Civil Veterinary Department Bengal reports 1923-33 - 1923-1933
Year: 1923
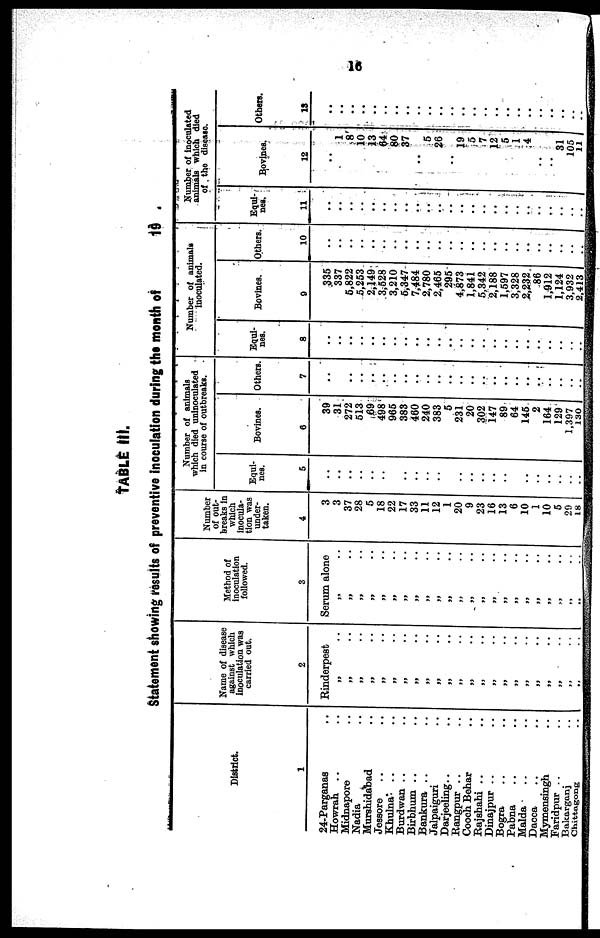
16
TABLE III.
Statement showing results of preventive inoculation during the month of
19
District.
1
24-Parganas ..
Howrah .. ..
Midnapore ..
Nadia ..
Murshidabad ..
Jessore .. ..
Khulna .. ..
Burdwan .. ..
Birbhum .. ..
Bankura .. ..
Jalpaiguri ..
Darjeeling .. ..
Rangpur .. ..
Cooch Behar ..
Rajshahi .. ..
Dinajpur .. ..
Bogra .. ..
Pabna .. ..
Malda .. ..
Dacca .. ..
Mymensingh ..
Faridpur .. ..
Bakarganj ..
Chittagong ..
Name of disease
against which
inoculation was
carried out.
2
Rinderpest
„ ..
„ ..
„ ..
„ ..
„ ..
„ ..
„ ..
„ ..
„ ..
„ ..
„ ..
„ ..
„ ..
„ ..
„ ..
„ ..
„ ..
„ ..
„ ..
„ ..
„ ..
„ ..
„ ..
Method of
inoculation
followed.
3
Serum alone
„ ..
„ ..
„ ..
„ ..
„ ..
„ ..
„ ..
„ ..
„ ..
„ ..
„ ..
„ ..
„ ..
„ ..
„ ..
„ ..
„ ..
„ ..
„ ..
„
..
„ ..
„ ..
„ ..
Number
of out-
breaks in
which
inocula-
tion was
under-
taken.
4
3
3
37
28
5
18
22
17
33
11
12
1
20
9
23
16
13
6
10
1
10
5
29
18
Number of animals
which died uninoculated
in course of outbreaks.
Equi-
nes.
5
..
..
..
..
..
..
..
..
..
..
..
..
..
..
..
..
..
..
..
..
..
..
..
..
Bovines.
6
39
31
272
513
69
498
965
383
460
240
383
5
231
20
302
147
89
64
145
2
164
129
1,397
130
Others.
7
..
..
..
..
..
..
..
..
..
..
..
..
..
..
..
..
..
..
..
..
..
..
..
..
Number of animals
inoculated.
Equi-
nes.
8
..
..
..
..
..
..
..
..
..
..
..
..
..
..
..
..
..
..
..
..
..
..
..
..
Bovines.
9
335
337
5,822
5,253
2,149
3,528
3,210
5,347
7,484
2,780
2,465
295
4,873
1,841
5,342
2,188
1,597
3,328
2,232
86
1,912
1,124
3,932
2,413
Others.
10
..
..
..
..
..
..
..
..
..
..
..
..
..
..
..
..
..
..
..
..
..
..
..
..
Number of inoculated
animals which died
of the disease.
Equi-
nes.
11
..
..
..
..
..
..
..
..
..
..
..
..
..
..
..
..
..
..
..
..
..
..
..
..
Bovines.
12
..
1
8
10
13
64
80
37
..
5
26
..
19
5
7
12
5
1
4
..
..
31
105
11
Others.
13
..
..
..
..
..
..
..
..
..
..
..
..
..
..
..
..
..
..
..
..
..
..
..
..